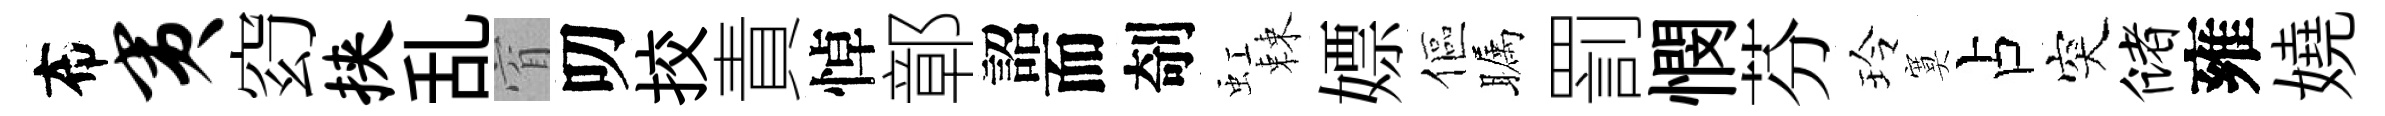
布夷𥥆挟乱窅叨挍責悼鄣詔而剞虹棘嫖傴瞩罰憫芬玲寞占突储雍嬈